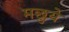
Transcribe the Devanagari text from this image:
मछुये